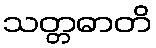
သတ္တဓာတိ